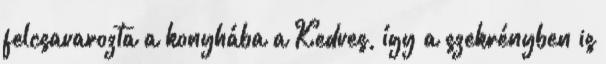
felcsavarozta a konyhába a Kedves, így a szekrényben is